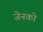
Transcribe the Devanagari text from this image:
जेनको